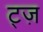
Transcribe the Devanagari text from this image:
ट्ज़